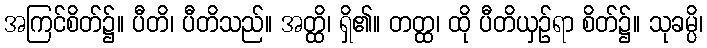
အကြင်စိတ်၌။ ပီတိ၊ ပီတိသည်။ အတ္ထိ၊ ရှိ၏။ တတ္ထ၊ ထို ပီတိယှဉ်ရာ စိတ်၌။ သုခမ္ပိ၊